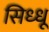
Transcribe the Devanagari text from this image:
सिध्धू